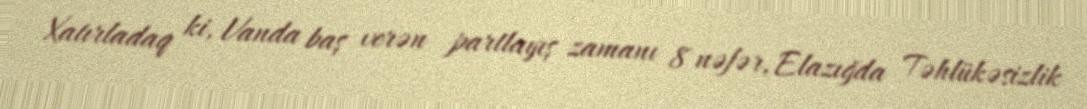
Xatırladaq ki, Vanda baş verən partlayış zamanı 8 nəfər, Elazığda Təhlükəsizlik